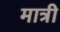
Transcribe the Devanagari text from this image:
मात्री